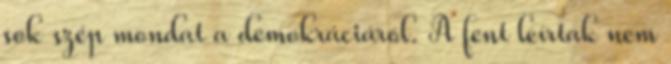
sok szép mondat a demokráciáról. A fent leírtak nem